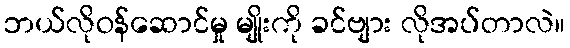
ဘယ်လိုဝန်ဆောင်မှု မျိုးကို ခင်ဗျား လိုအပ်တာလဲ။